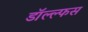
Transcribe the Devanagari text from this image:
डॉल्ल्फस